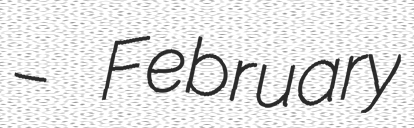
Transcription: – February